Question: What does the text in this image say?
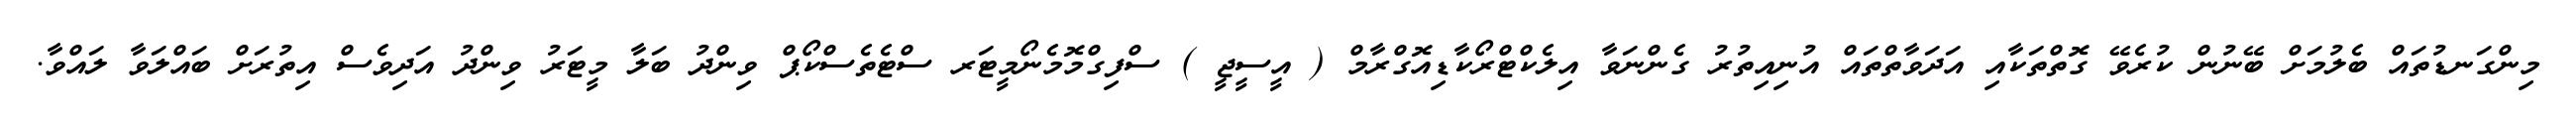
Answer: މިންގަނޑުތައް ބެލުމަށް ބޭނުން ކުރެވޭ ގޮތްތަކާއި އަދަވާތްތައް އުނިއިތުރު ގެންނަވާ އިލެކްޓްރޯކާޑިއޮގްރާމް ( އީސީޖީ ) ސްފިގްމޮމެނޯމީޓަރ ސްޓެތެސްކޯޕް ވިންދު ބަލާ މީޓަރު ވިންދު އަދިވެސް އިތުރަށް ބައްލަވާ ލައްވާ.